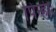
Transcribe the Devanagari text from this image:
पिन्ही